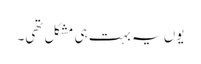
یوں یہ بہت ہی مشکل تھی۔